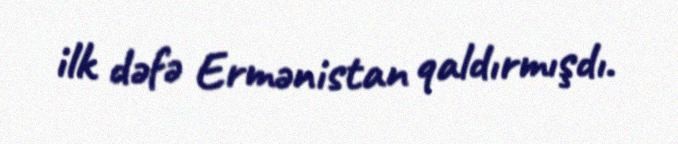
ilk dəfə Ermənistan qaldırmışdı.